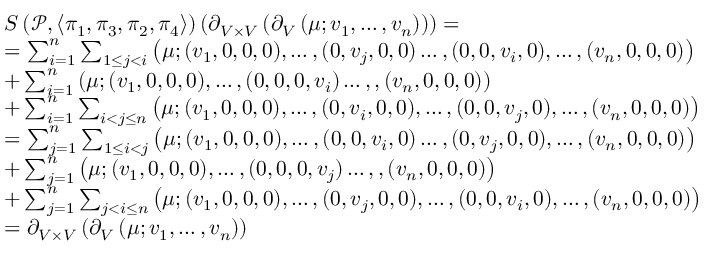
\begin{array} { r l } & { S \left( \mathcal P , \left\langle \pi _ { 1 } , \pi _ { 3 } , \pi _ { 2 } , \pi _ { 4 } \right\rangle \right) \left( \partial _ { V \times V } \left( \partial _ { V } \left( \mu ; v _ { 1 } , \hdots , v _ { n } \right) \right) \right) = } \\ & { = \sum _ { i = 1 } ^ { n } \sum _ { 1 \leq j < i } \left( \mu ; ( v _ { 1 } , 0 , 0 , 0 ) , \hdots , ( 0 , v _ { j } , 0 , 0 ) \hdots , ( 0 , 0 , v _ { i } , 0 ) , \hdots , ( v _ { n } , 0 , 0 , 0 ) \right) } \\ & { + \sum _ { i = 1 } ^ { n } \left( \mu ; ( v _ { 1 } , 0 , 0 , 0 ) , \hdots , ( 0 , 0 , 0 , v _ { i } ) \hdots , , ( v _ { n } , 0 , 0 , 0 ) \right) } \\ & { + \sum _ { i = 1 } ^ { n } \sum _ { i < j \leq n } \left( \mu ; ( v _ { 1 } , 0 , 0 , 0 ) , \hdots , ( 0 , v _ { i } , 0 , 0 ) , \hdots , ( 0 , 0 , v _ { j } , 0 ) , \hdots , ( v _ { n } , 0 , 0 , 0 ) \right) } \\ & { = \sum _ { j = 1 } ^ { n } \sum _ { 1 \leq i < j } \left( \mu ; ( v _ { 1 } , 0 , 0 , 0 ) , \hdots , ( 0 , 0 , v _ { i } , 0 ) \hdots , ( 0 , v _ { j } , 0 , 0 ) , \hdots , ( v _ { n } , 0 , 0 , 0 ) \right) } \\ & { + \sum _ { j = 1 } ^ { n } \left( \mu ; ( v _ { 1 } , 0 , 0 , 0 ) , \hdots , ( 0 , 0 , 0 , v _ { j } ) \hdots , , ( v _ { n } , 0 , 0 , 0 ) \right) } \\ & { + \sum _ { j = 1 } ^ { n } \sum _ { j < i \leq n } \left( \mu ; ( v _ { 1 } , 0 , 0 , 0 ) , \hdots , ( 0 , v _ { j } , 0 , 0 ) , \hdots , ( 0 , 0 , v _ { i } , 0 ) , \hdots , ( v _ { n } , 0 , 0 , 0 ) \right) } \\ & { = \partial _ { V \times V } \left( \partial _ { V } \left( \mu ; v _ { 1 } , \hdots , v _ { n } \right) \right) } \end{array}